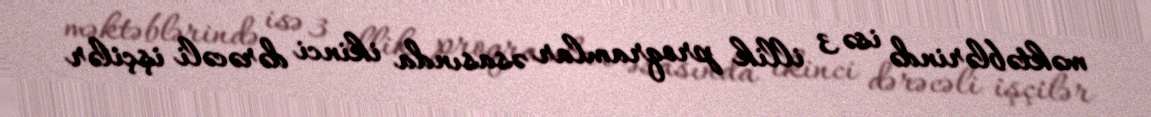
məktəblərində isə 3 illik proqramlar əsasında ikinci dərəcəli işçilər